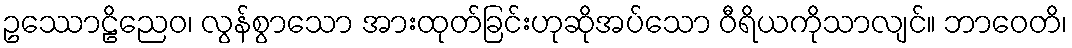
ဥဿောဠိညေဝ၊ လွန်စွာသော အားထုတ်ခြင်းဟုဆိုအပ်သော ဝီရိယကိုသာလျင်။ ဘာဝေတိ၊